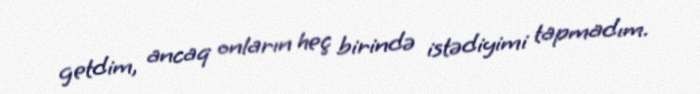
getdim, ancaq onların heç birində istədiyimi tapmadım.